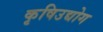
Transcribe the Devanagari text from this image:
कृषिउद्योग